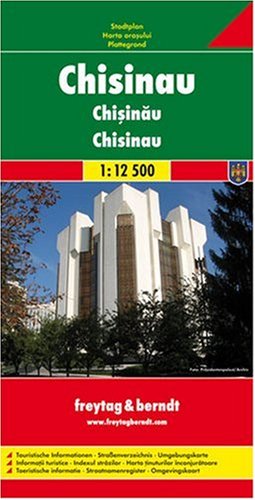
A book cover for Chisinau; Freytag-Berndt und Artaria; Travel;